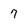
Character: 7